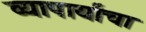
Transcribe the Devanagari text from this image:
व्यापार्यांचा